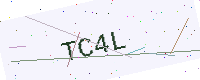
Text: TC4L